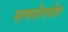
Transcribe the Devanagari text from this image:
समसेपर्वत